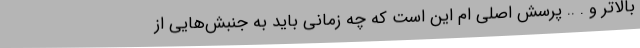
بالاتر و . .. پرسش اصلی ام این است که چه زمانی باید به جنبش‌هایی از